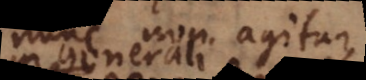
nunc non agitur,